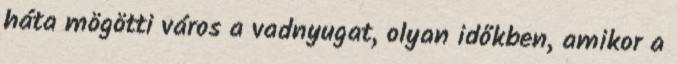
háta mögötti város a vadnyugat, olyan időkben, amikor a